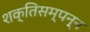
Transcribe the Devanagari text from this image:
शक्तिसम्पन्न